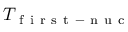
T _ { \mathrm { ~ f ~ i ~ r ~ s ~ t ~ - ~ n ~ u ~ c ~ } }